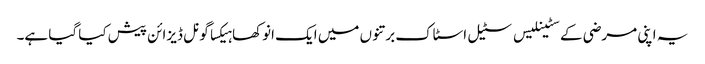
یہ اپنی مرضی کے سٹینلیس سٹیل اسٹاک برتنوں میں ایک انوکھا ہیکساگونل ڈیزائن پیش کیا گیا ہے۔